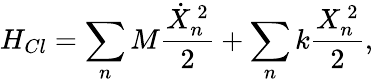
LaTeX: H_{Cl}=\sum_{n}M\frac{\dot{X}_{n}^{\, 2}}{2}+\sum_{n}k\frac{X_{n}^{\, 2}}{2},